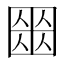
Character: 𡈍